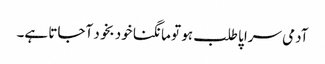
آدمی سراپا طلب ہو تو مانگنا خود بخود آجاتا ہے۔